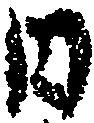
日